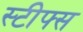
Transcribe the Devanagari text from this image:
स्टीफ्स